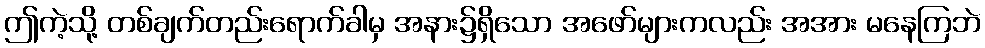
ဤကဲ့သို့ တစ်ချက်တည်းရောက်ခါမှ အနား၌ရှိသော အဖော်များကလည်း အအား မနေကြဘဲ